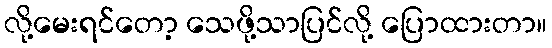
လို့မေးရင်တော့ သေဖို့သာပြင်လို့ ပြောထားတာ။